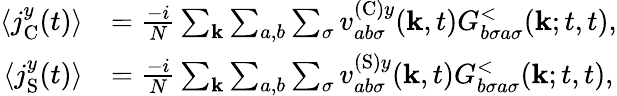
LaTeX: \begin{array}{rl}{\langle j_{\textrm{C}}^{y}(t)\rangle}&{=\frac{-i}{N}\sum_{\mathbf{k}}\sum_{a,b}\sum_{\sigma}v_{ab\sigma}^{(\textrm{C})y}(\mathbf{k},t)G_{b\sigma a\sigma}^{<}(\mathbf{k};t,t),}\\ {\langle j_{\textrm{S}}^{y}(t)\rangle}&{=\frac{-i}{N}\sum_{\mathbf{k}}\sum_{a,b}\sum_{\sigma}v_{ab\sigma}^{(\textrm{S})y}(\mathbf{k},t)G_{b\sigma a\sigma}^{<}(\mathbf{k};t,t),}\end{array}